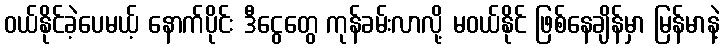
ဝယ်နိုင်ခဲ့ပေမယ့် နောက်ပိုင်း ဒီငွေတွေ ကုန်ခမ်းလာလို့ မဝယ်နိုင် ဖြစ်နေချိန်မှာ မြန်မာနဲ့